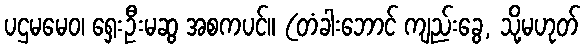
ပဌမမေဝ၊ ရှေးဦးမဆွ အစကပင်။ (တံခါးဘောင် ကျည်းခွေ, သို့မဟုတ်